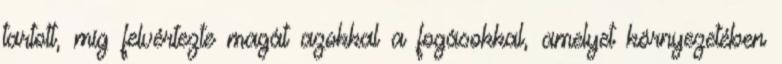
tartott, míg felvértezte magát azokkal a fogásokkal, amelyet környezetében